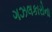
ગઝલકારોના